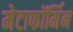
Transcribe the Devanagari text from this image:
मेटाफॉर्मिन